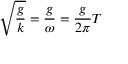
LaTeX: { \sqrt { \frac { g } { k } } } = { \frac { g } { \omega } } = { \frac { g } { 2 \pi } } T